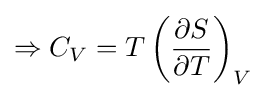
\Rightarrow C_{V}=T\left({\frac {\partial S}{\partial T}}\right)_{V}